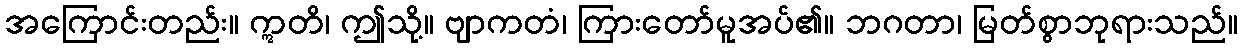
အကြောင်းတည်း။ ဣတိ၊ ဤသို့။ ဗျာကတံ၊ ကြားတော်မူအပ်၏။ ဘဂတာ၊ မြတ်စွာဘုရားသည်။